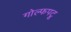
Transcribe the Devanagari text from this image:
गोल्फपटू